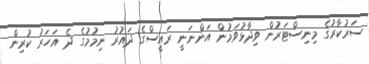
ސަރުކާރުގެ މިނިސްޓަރުން ވިދާޅުވަމުން އަންނަނީ ރައީސްގެ ދައުރު ނިމުމުގެ ދެ އަހަރު ކުރިން